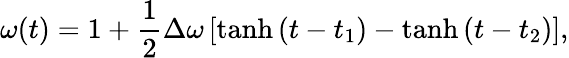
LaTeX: \omega(t)=1+{\frac{1}{2}}\Delta\omega\left[\operatorname{tanh}{(t-t_{1})}-\operatorname{tanh}{(t-t_{2})}\right],